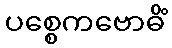
ပစ္စေကဗောဓိံ